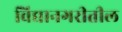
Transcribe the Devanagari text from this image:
विद्यानगरीतील